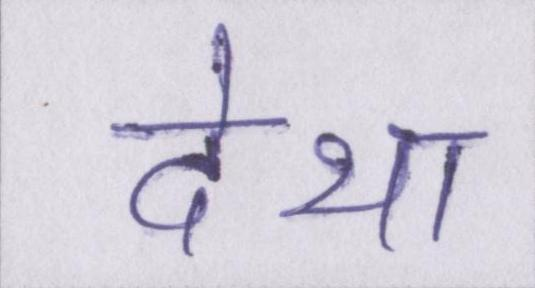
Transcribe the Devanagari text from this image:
देथा